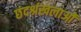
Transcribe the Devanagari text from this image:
छंदश्रंखलाओं